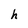
Character: h